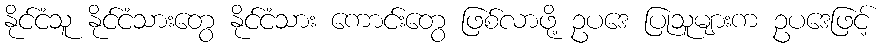
နိုင်ငံသူ နိုင်ငံသားတွေ နိုင်ငံသား ကောင်းတွေ ဖြစ်လာဖို့ ဥပဒေ ပြုသူများက ဥပဒေဖြင့်